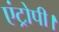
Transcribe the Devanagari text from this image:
एंट्रोपी।